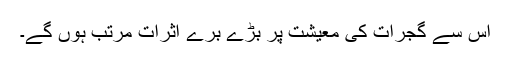
اس سے گجرات کی معیشت پر بڑے برے اثرات مرتب ہوں گے۔